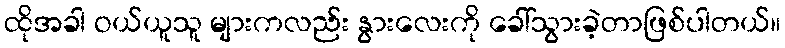
ထိုအခါ ဝယ်ယူသူ များကလည်း နွားလေးကို ခေါ်သွားခဲ့တာဖြစ်ပါတယ်။